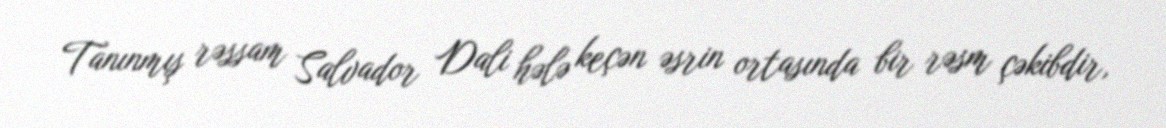
Tanınmış rəssam Salvador Dali hələ keçən əsrin ortasında bir rəsm çəkibdir,